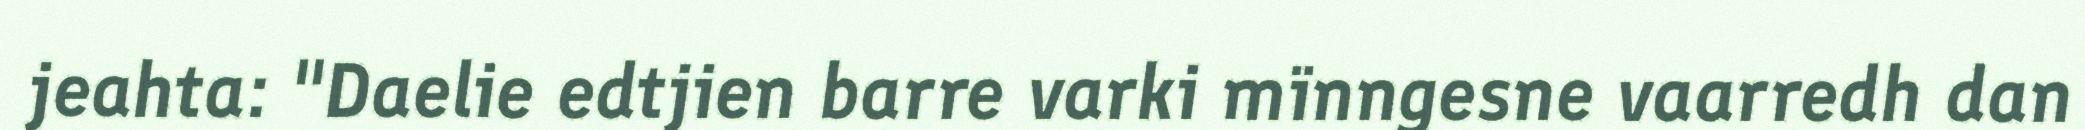
jeahta: "Daelie edtjien barre varki mïnngesne vaarredh dan